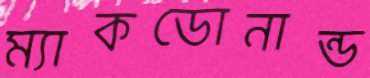
ম্যাকডোনান্ড